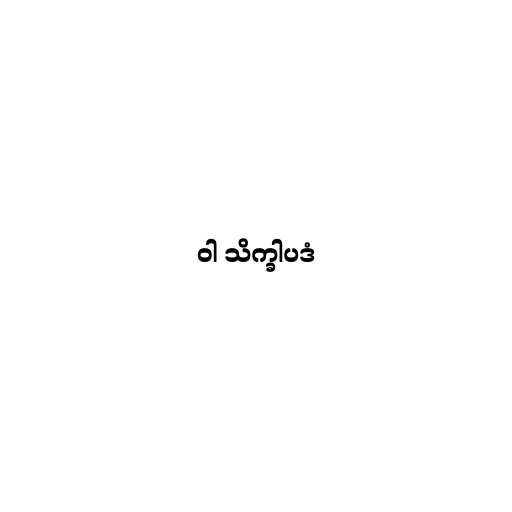
ဝါ သိက္ခါပဒံ